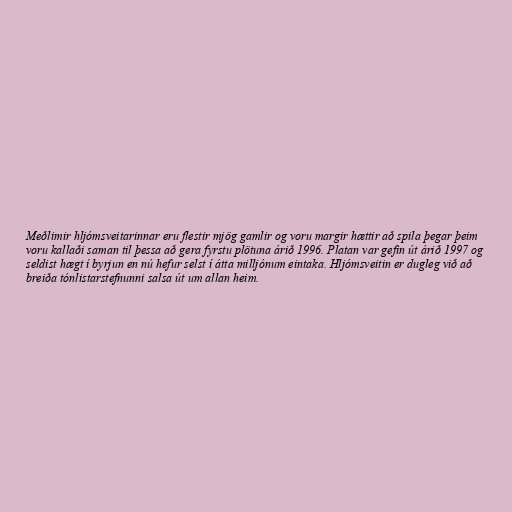
Meðlimir hljómsveitarinnar eru flestir mjög gamlir og voru margir hættir að spila þegar þeim
voru kallaði saman til þessa að gera fyrstu plötuna árið 1996. Platan var gefin út árið 1997 og
seldist hægt í byrjun en nú hefur selst í átta milljónum eintaka. Hljómsveitin er dugleg við að
breiða tónlistarstefnunni salsa út um allan heim.